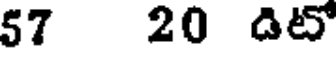
57 20 డిటో